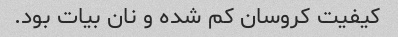
کیفیت کروسان کم شده و نان بیات بود.